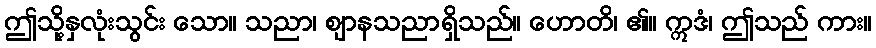
ဤသို့နှလုံးသွင်း သော။ သညာ၊ ဈာနသညာရှိသည်။ ဟောတိ၊ ၏။ ဣဒံ၊ ဤသည် ကား။